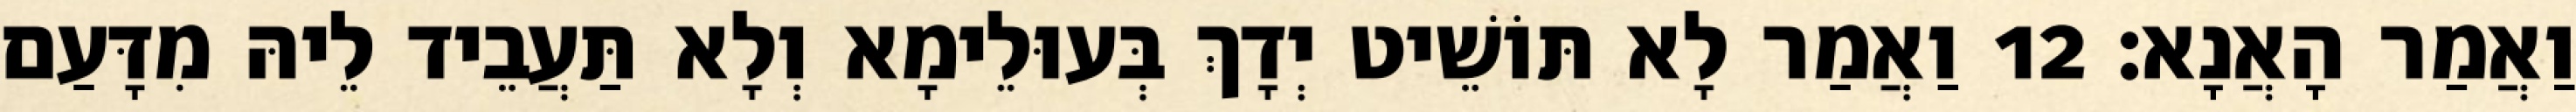
וַאֲמַר הָאֲנָא׃ 12 וַאֲמַר לָא תּוֹשֵׁיט יְדָךְ בְּעוּלֵימָא וְלָא תַּעֲבֵיד לֵיהּ מִדָּעַם